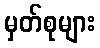
မှတ်စုများ